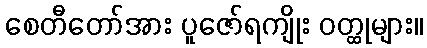
စေတီတော်အား ပူဇော်ရကျိုး ဝတ္ထုများ။